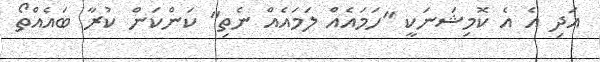
އަދި އެ އެ ކޮމިޝަނަކީ "ހަމައެއް ލަމައެއް ނެތި" ކަންކަން ކުރާ ބައެއްތޯ